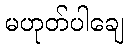
မဟုတ်ပါချေ